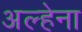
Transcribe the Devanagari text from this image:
अल्हेना